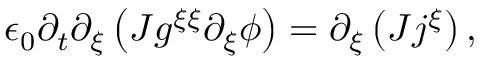
\begin{array} { r } { \epsilon _ { 0 } \partial _ { t } \partial _ { \xi } \left( J g ^ { \xi \xi } \partial _ { \xi } \phi \right) = \partial _ { \xi } \left( J j ^ { \xi } \right) , } \end{array}